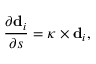
\frac { \partial \mathbf { d } _ { i } } { \partial s } = \boldsymbol \kappa \times \mathbf { d } _ { i } ,